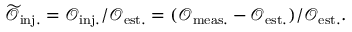
\mathcal { \widetilde { O } } _ { \mathrm { i n j . } } = \mathcal { O } _ { \mathrm { i n j . } } / \mathcal { O } _ { \mathrm { e s t . } } = ( \mathcal { O } _ { \mathrm { m e a s . } } - \mathcal { O } _ { \mathrm { e s t . } } ) / \mathcal { O } _ { \mathrm { e s t . } } .